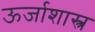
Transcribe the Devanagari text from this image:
ऊर्जाशास्त्र